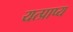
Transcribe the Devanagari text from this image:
यत्प्राप्य